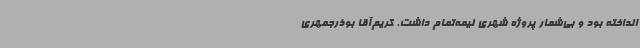
انداخته بود و بی‌شمار پروژه شهری نیمه‌تمام داشت. کریم‌آقا بوذرجمهری